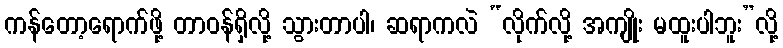
ကန်တော့ရောက်ဖို့ တာဝန်ရှိလို့ သွားတာပါ၊ ဆရာကလဲ “လိုက်လို့ အကျိုး မထူးပါဘူး”လို့